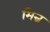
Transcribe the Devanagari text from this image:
मिन्न